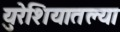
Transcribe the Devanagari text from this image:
युरेशियातल्या